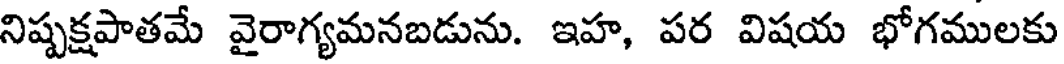
నిష్పక్షపాతమే వైరాగ్యమనబడును. ఇహ, పర విషయ భోగములకు